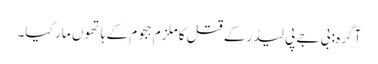
آگرہ : بی جے پی لیڈر کے قتل کا ملزم ہجوم کے ہاتھوں مارگیا۔